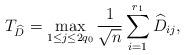
LaTeX: \begin{align*}T_{\widehat{D}}=\max_{1\leq j\leq2q_0}\frac{1}{\sqrt{n}}\sum^{r_1}_{i=1}\widehat{D}_{ij},\end{align*}